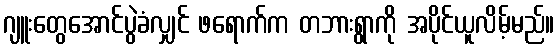
ဂျူးတွေအောင်ပွဲခံလျှင် ဖရောက်က တဘားရွာကို အပိုင်ယူလိမ့်မည်။